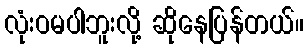
လုံးဝမပါဘူးလို့ ဆိုနေပြန်တယ်။